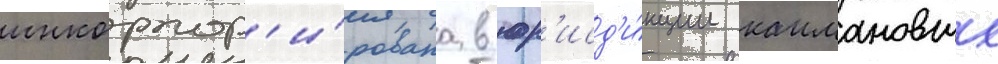
инкорпор'и́рована в юр'исд'и́кции каимановых